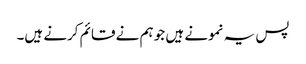
پس یہ نمونے ہیں جو ہم نے قائم کرنے ہیں۔